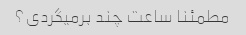
مطمئنا ساعت چند برمیگردی؟